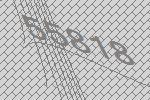
55818